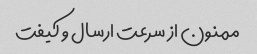
ممنون از سرعت ارسال و کیفت